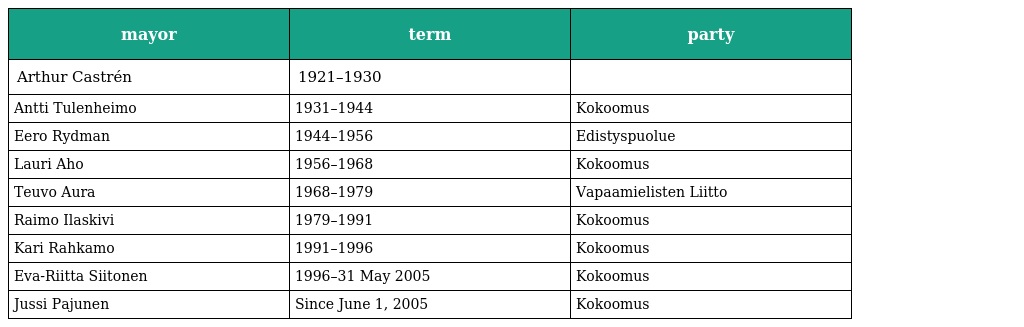
| mayor | term | party |
 | --- | --- | --- |
 | Arthur Castrén | 1921–1930 |  |
 | Antti Tulenheimo | 1931–1944 | Kokoomus |
 | Eero Rydman | 1944–1956 | Edistyspuolue |
 | Lauri Aho | 1956–1968 | Kokoomus |
 | Teuvo Aura | 1968–1979 | Vapaamielisten Liitto |
 | Raimo Ilaskivi | 1979–1991 | Kokoomus |
 | Kari Rahkamo | 1991–1996 | Kokoomus |
 | Eva-Riitta Siitonen | 1996–31 May 2005 | Kokoomus |
 | Jussi Pajunen | Since June 1, 2005 | Kokoomus |